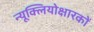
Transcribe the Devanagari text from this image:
न्यूक्लियोक्षारकों